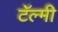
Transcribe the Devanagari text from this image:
टॅल्मी